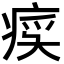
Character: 𬏰